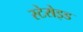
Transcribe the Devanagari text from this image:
स्टेरोइड